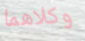
وكلاهما